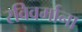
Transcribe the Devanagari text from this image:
रविवर्माना